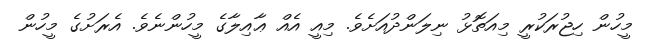
މީހުން ހިޖުރަކުރީ މިއަތޮޅު ނިލަންދުއަށެވެ. މިއީ އެއް ޢާއިލާގެ މީހުންނެވެ. އެރަށުގެ މީހުން